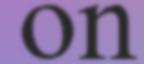
on